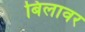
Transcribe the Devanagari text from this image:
बिलावर